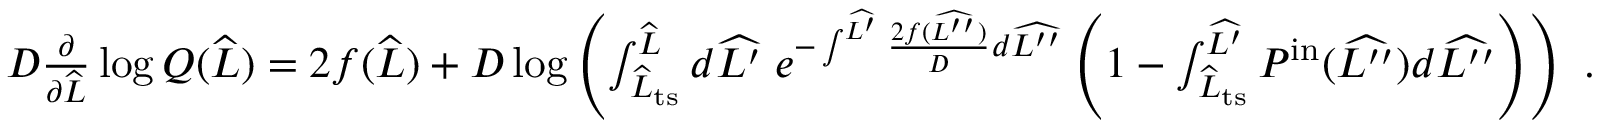
\begin{array} { r } { D \frac { \partial } { \partial \widehat { L } } \log Q ( \widehat { L } ) = 2 f ( \widehat { L } ) + D \log \left( \int _ { \widehat { L } _ { \mathrm { t s } } } ^ { \widehat { L } } d \widehat { L ^ { \prime } } \; e ^ { - \int ^ { \widehat { L ^ { \prime } } } \frac { 2 f ( \widehat { L ^ { \prime \prime } } ) } { D } d \widehat { L ^ { \prime \prime } } } \left( 1 - \int _ { \widehat { L } _ { \mathrm { t s } } } ^ { \widehat { L ^ { \prime } } } P ^ { \mathrm { i n } } ( \widehat { L ^ { \prime \prime } } ) d \widehat { L ^ { \prime \prime } } \right) \right) \ . } \end{array}